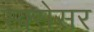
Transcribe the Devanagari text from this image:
स्क्सेसर